Report of the Indian Hemp Drugs Commission, 1894-1895 - Volume VII
Year: 1894
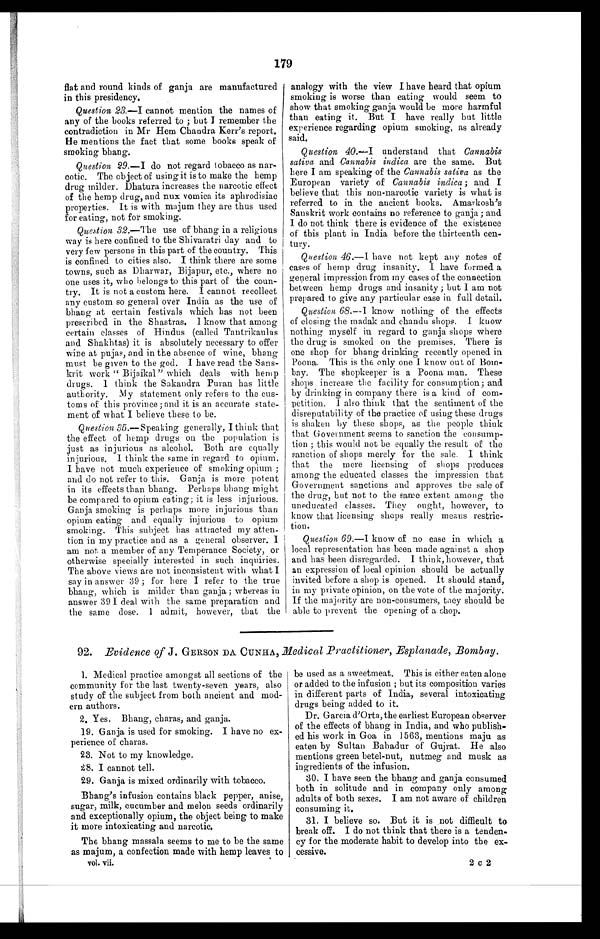
179
flat and round kinds of ganja are manufactured
in this presidency.
Question 23.—I cannot mention the names of
any of the books referred to ; but I remember the
contradiction in Mr Hem Chandra Kerr's report.
He mentions the fact that some books speak of
smoking bhang.
Question 29.—I do not regard tobacco as nar-
cotic. The object of using it is to make the hemp
drug milder. Dhatura increases the narcotic effect
of the hemp drug, and nux vomica its aphrodisiac
properties. It is with majum they are thus used
for eating, not for smoking.
Question 32.—The use of bhang in a religious
way is here confined to the Shivaratri day and to
very few persons in this part of the country. This
is confined to cities also. I think there are some
towns, such as Dharwar, Bijapur, etc., where no
one uses it, who belongs to this part of the coun-
try. It is not a custom here. I cannot recollect
any custom so general over India as the use of
bhang at certain festivals which has not been
prescribed in the Shastras. I know that among
certain classes of Hindus (called Tantrikaulas
and Shakhtas) it is absolutely necessary to offer
wine at pujas, and in the absence of wine, bhang
must be given to the god. I have read the Sans-
krit work " Bijaikal " which deals with hemp
drugs. I think the Sakandra Puran has little
authority. My statement only refers to the cus-
toms of this province; and it is an accurate state-
ment of what I believe these to be.
Question 35.—Speaking generally, I think that
the effect of hemp drugs on the population is
just as injurious as alcohol. Both are equally
injurious. I think the same in regard to opium.
I have not much experience of smoking opium ;
and do not refer to this. Ganja is more potent
in its effects than bhang. Perhaps bhang might
be compared to opium eating; it is less injurious.
Ganja smoking is perhaps more injurious than
opium eating and equally injurious to opium
smoking. This subject has attracted my atten-
tion in my practice and as a general observer. I
am not a member of any Temperance Society, or
otherwise specially interested in such inquiries.
The above views are not inconsistent with what I
say in answer 39 ; for here I refer to the true
bhang, which is milder than ganja ; whereas in
answer 39 I deal with the same preparation and
the same dose. I admit, however, that the
analogy with the view I have heard that opium
smoking is worse than eating would seem to
show that smoking ganja would be more harmful
than eating it. But I have really but little
experience regarding opium smoking, as already
said.
Question 40.— I understand that Cannabis
sativa and Cannabis indica are the same. But
here I am speaking of the Cannabis sativa as the
European variety of Cannabis indica ; and I
believe that this non-narcotic variety is what is
referred to in the ancient books. Amarkosh's
Sanskrit work contains no reference to ganja ; and
I do not think there is evidence of the existence
of this plant in India before the thirteenth cen-
tury.
Question 46. —I have not kept any notes of
cases of hemp drug insanity. I have formed a
general impression from my cases of the connection
between hemp drugs and insanity ; but I am not
prepared to give any particular case in full detail.
Question 68.—I know nothing of the effects
of closing the madak and chandu shops. I know
nothing myself in regard to ganja shops where
the drug is smoked on the premises. There is
one shop for bhang drinking recently opened in
Poona. This is the only one I know out of Bom-
bay. The shopkeeper is a Poona man. These
shops increase the facility for consumption; and
by drinking in company there is a kind of com-
pe t i t i on. I a l s o t hi nk t ha t t he s e nt i me nt of t he
disreputability of the practice of using these drugs
is shaken by these shops, as the people think
that Government seems to sanction the consump-
tion ; this would not be equally the result of the
sanction of shops merely for the sale. I think
that the mere licensing of shops produces
among the educated classes the impression that
Government sanctions and approves the sale of
the drug, but not to the same extent among the
uneducated classes. They ought, however, to
know that licensing shops really means restric-
tion.
Question 69. —I know of no case in which a
local representation has been made against a shop
and has been disregarded. I think, however, that
an expression of local opinion should be actually
invited before a shop is opened. It should stand,
in my private opinion, on the vote of the majority.
If the majority are non-consumers, they should be
able to prevent the opening of a shop.
92. Evidence of J . GERSON DA. CUNHA, Medical Practitioner, Esplanade, Bombay.
1. Medical practice amongst all sections of the
community for the last twenty-seven years, also
study of the subject from both ancient and mod-
ern authors.
2. Yes. Bhang, charas, and ganja.
19. Ganja is used for smoking. I have no ex-
perience of charas.
23. Not to my knowledge.
28. I cannot tell.
29. Ganja is mixed ordinarily with tobacco.
Bhang's infusion contains black pepper, anise,
sugar, milk, cucumber and melon seeds ordinarily
and exceptionally opium, the object being to make
it more intoxicating and narcotic.
The bhang massala seems to me to be the same
as majum, a confection made with hemp leaves to
vol. vii.
be used as a sweetmeat. This is either eaten alone
or added to the infusion ; but its composition varies
in different parts of India, several intoxicating
drugs being added to it.
Dr. Garcia d'Orta, the earliest European observer
of the effects of bhang in India, and who publish-
ed his work in Goa in 1563, mentions maju as
eaten by Sultan Bahadur of Gujrat. He also
mentions green betel-nut, nutmeg and musk as
ingredients of the infusion.
30. I have seen the bhang and ganja consumed
both in solitude and in company only among
adults of both sexes. I am not aware of children
consuming it.
31. I believe so. But it is not difficult to
break off. I do not think that there is a tenden-
cy for the moderate habit to develop into the ex-
cessive.
2 c 2